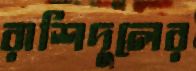
রাশিদুলের